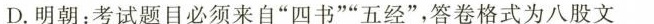
D.明朝：考试题目必须来自”四书””五经”，答卷格式为八股文